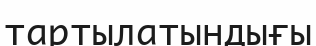
тартылатындығы